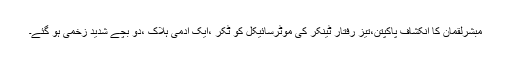
مبشرلقمان کا انکشاف ٓپاکپتن،تیز رفتار ٹینکر کی موٹرسائیکل کو ٹکر ،ایک آدمی ہلاک ،دو بچے شدید زخمی ہو گئے۔